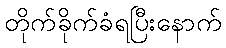
တိုက်ခိုက်ခံရပြီးနောက်